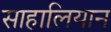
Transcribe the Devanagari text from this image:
साहालियान